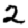
Digit: 2